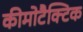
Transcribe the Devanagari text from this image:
कीमोटैक्टिक